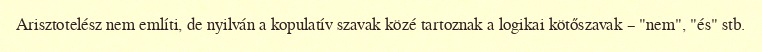
Arisztotelész nem említi, de nyilván a kopulatív szavak közé tartoznak a logikai kötőszavak – "nem", "és" stb.